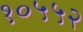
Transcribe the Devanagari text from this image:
१०५५२